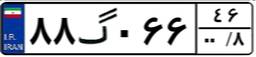
۸۸گ۰۶۶۴۶